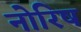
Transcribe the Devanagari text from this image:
नोरिष